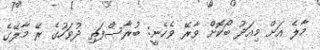
މާލެ އަށް މިއަދު ބޯކޮށް ވާރޭ ވެހެނީ: ބުރާސްފަތި ދުވަހުގެ ރޭ މާލޭގެ